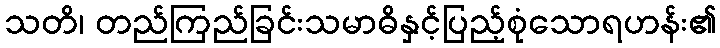
သတိ၊ တည်ကြည်ခြင်းသမာဓိနှင့်ပြည့်စုံသောရဟန်း၏